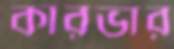
কারভার